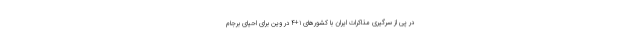
در پی از سرگیری مذاکرات ایران با کشورهای ۱+۴ در وین برای احیای برجام